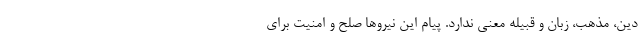
دین، مذهب، زبان و قبیله معنی ندارد. پیام این نیروها صلح و امنیت برای